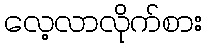
လေ့လာလိုက်စား